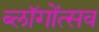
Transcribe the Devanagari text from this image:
ब्लॉगोंत्सव